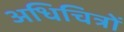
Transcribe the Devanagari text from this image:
अधिचित्रों